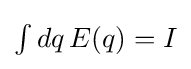
{\textstyle \int dq\,E(q)=I}